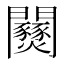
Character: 𨷹